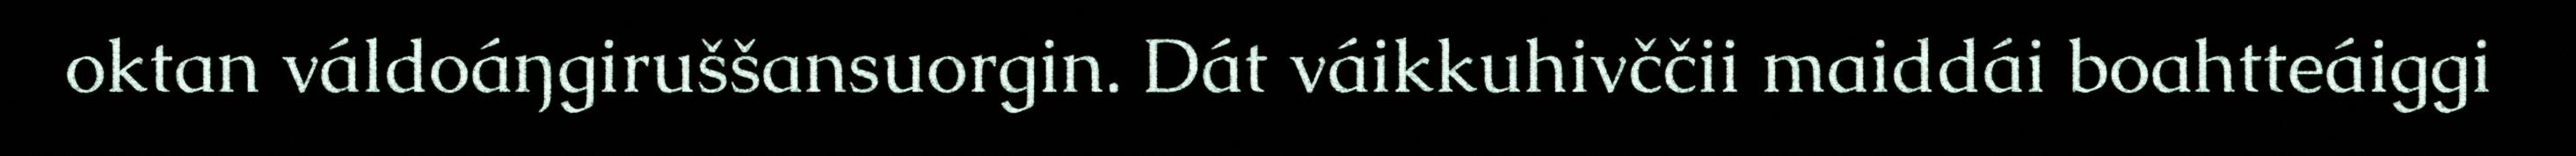
oktan váldoáŋgiruššansuorgin. Dát váikkuhivččii maiddái boahtteáiggi